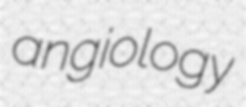
angiology